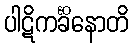
ပါဋိကင်္ခိနောတိ